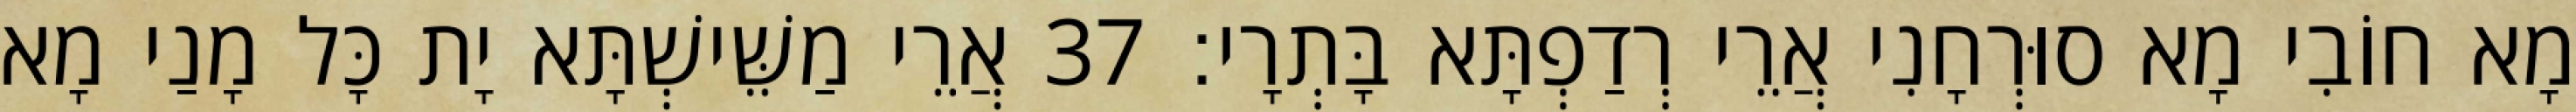
מָא חוֹבִי מָא סוּרְחָנִי אֲרֵי רְדַפְתָּא בָּתְרָי׃ 37 אֲרֵי מַשֵּׁישְׁתָּא יָת כָּל מָנַי מָא